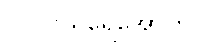
ပင်လယ်ရေအောက်